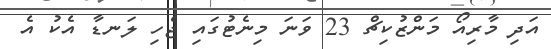
އަދި މާރިއޯ މަންޒުކިޗް 23 ވަނަ މިނެޓުގައި ޖެހި ލަނޑާ އެކު އެ